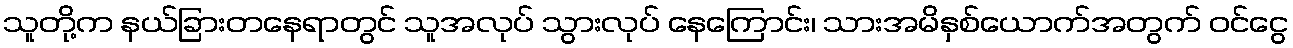
သူတို့က နယ်ခြားတနေရာတွင် သူအလုပ် သွားလုပ် နေကြောင်း၊ သားအမိနှစ်ယောက်အတွက် ဝင်ငွေ